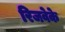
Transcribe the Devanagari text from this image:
रिजवेके